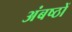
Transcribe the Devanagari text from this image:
अंबष्ठों